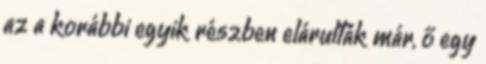
az a korábbi egyik részben elárulták már, ő egy